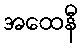
အထေနီ